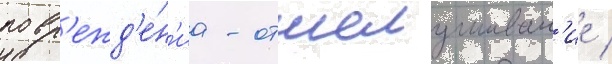
повр'ежд'е́н'иа - отшелушиван'ие /